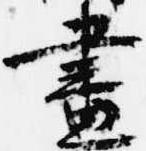
昼